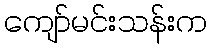
ကျော်မင်းသန်းက